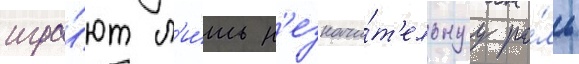
игра́ют л'и́шь н'езначи́т'ельнуу ро́ль